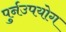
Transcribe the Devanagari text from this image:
पुर्नउपयोग